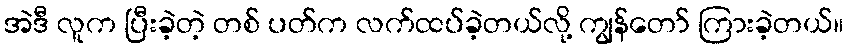
အဲဒီ လူက ပြီးခဲ့တဲ့ တစ် ပတ်က လက်ထပ်ခဲ့တယ်လို့ ကျွန်တော် ကြားခဲ့တယ်။